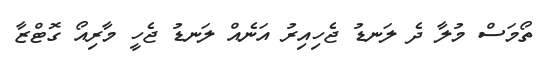
ތޯމަސް މުލާ ދެ ލަނޑު ޖެހިއިރު އަނެއް ލަނޑު ޖެހީ މާރިއޯ ގޮޓްޒާ